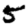
Digit: 5